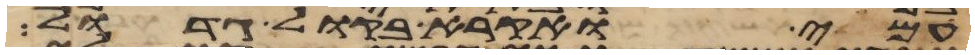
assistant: עמי ואקרא בקול גדול